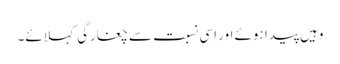
وہیں پیدا ہوئے اور اِسی نسبت سے چغارگی کہلائے۔